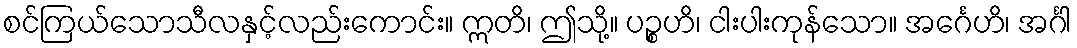
စင်ကြယ်သောသီလနှင့်လည်းကောင်း။ ဣတိ၊ ဤသို့။ ပဉ္စဟိ၊ ငါးပါးကုန်သော။ အင်္ဂေဟိ၊ အင်္ဂါ